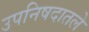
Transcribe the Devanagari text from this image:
उपनिषदातले